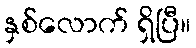
နှစ်လောက် ရှိပြီ။